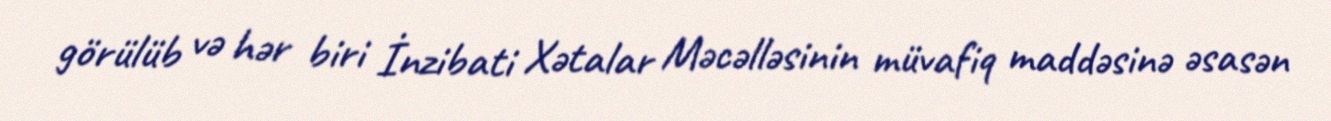
görülüb və hər biri İnzibati Xətalar Məcəlləsinin müvafiq maddəsinə əsasən